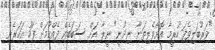
"ވަރުބަލިވެފަ ހުރީމާ އޮށޯވެލިތަނާ ނިދުނީ" ނީލާ އަށް ސަބަބެއް ދެއްކުމަށް ފަހު އަހަރެން